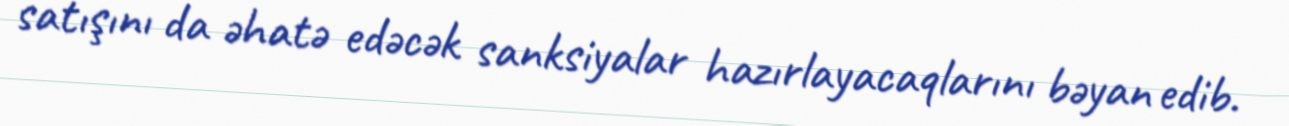
satışını da əhatə edəcək sanksiyalar hazırlayacaqlarını bəyan edib.